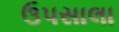
ઉપસાલા